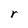
Character: r